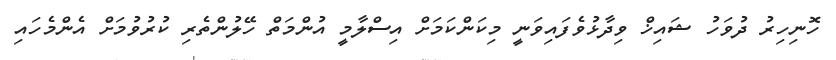
ހޮނިހިރު ދުވަހު ޝައިޚް ވިދާޅުވެފައިވަނީ މިކަންކަމަށް އިސްލާމީ އުންމަތް ހޭލުންތެރި ކުރުވުމަށް އެންމެހައި